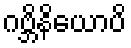
ဂဗ္ဘိနိယောပိ